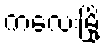
ကလေးမြို့